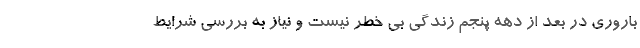
باروری در بعد از دهه پنجم زندگی بی خطر نیست و نیاز به بررسی شرایط